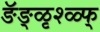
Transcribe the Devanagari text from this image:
ङॅङ्ळृश्ळ्फ्